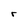
Character: r